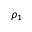
\rho _ { 1 }